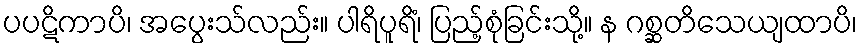
ပပဋိကာပိ၊ အပွေးသ်လည်း။ ပါရိပူရိံ၊ ပြည့်စုံခြင်းသို့။ န ဂစ္ဆတိသေယျထာပိ၊